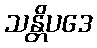
သန္တိပဒေ